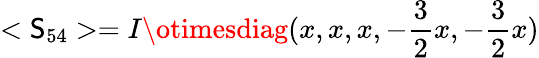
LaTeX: <\mathsf{S}_{54}>=I\otimesdiag(x,x,x,-{\frac{{3}}{{2}}}x,-{\frac{{3}}{{2}}}x)